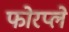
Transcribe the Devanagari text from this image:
फोरप्ले